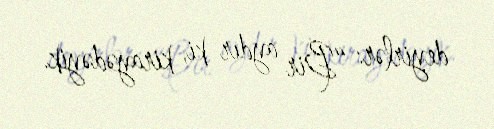
deyirlər: “Bir aydır ki, kirayədəyik.